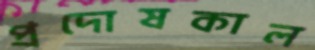
প্রদোষকাল